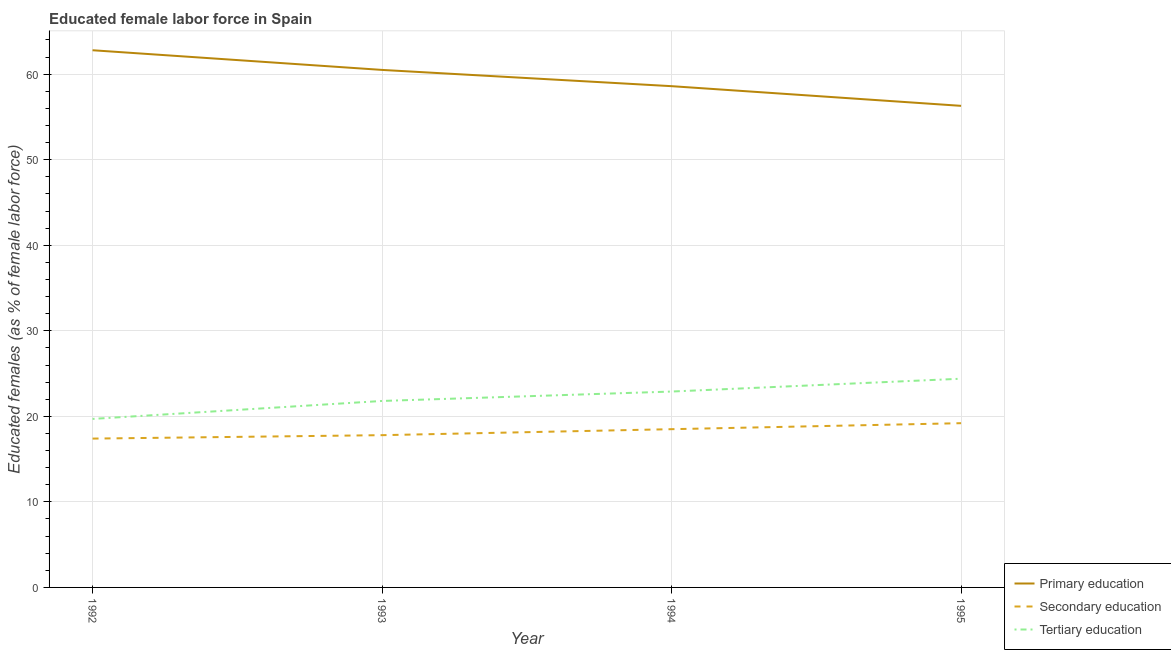
| Year | Primary education | Secondary education | Tertiary education |
 | --- | --- | --- | --- |
 | 1992 | 62.8 | 17.4 | 19.7 |
 | 1993 | 60.5 | 17.8 | 21.8 |
 | 1994 | 58.6 | 18.5 | 22.9 |
 | 1995 | 56.3 | 19.2 | 24.4 |